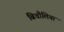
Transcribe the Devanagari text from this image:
बिचौलिया